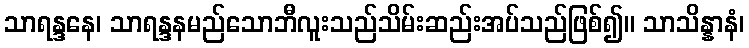
သာရန္ဒနေ၊ သာရန္ဒနမည်သောဘီလူးသည်သိမ်းဆည်းအပ်သည်ဖြစ်၍။ သာသိန္နာနံ၊